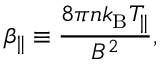
\beta _ { \parallel } \equiv \frac { 8 \pi n k _ { \mathrm B } T _ { \parallel } } { B ^ { 2 } } ,